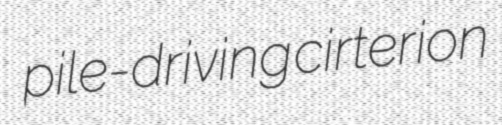
pile-driving cirterion